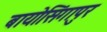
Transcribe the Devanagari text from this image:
बायोसिंगापुर